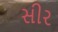
સીર